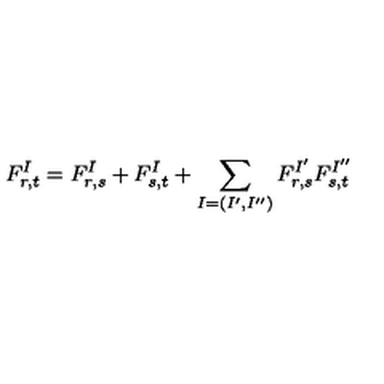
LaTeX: F _ { r , t } ^ { I } = F _ { r , s } ^ { I } + F _ { s , t } ^ { I } + \sum _ { I = ( I ^ { \prime } , I ^ { \prime \prime } ) } F _ { r , s } ^ { I ^ { \prime } } F _ { s , t } ^ { I ^ { \prime \prime } }